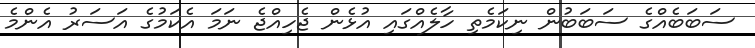
ސަބަބެއްގެ ސަބަބުން ނިކަމެތި ހާލެއްގައި އުޅެން ޖެހިއްޖެ ނަމަ އެކަމުގެ އަސަރު އެންމެ